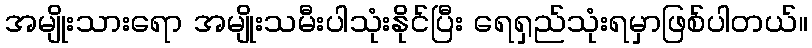
အမျိုးသားရော အမျိုးသမီးပါသုံးနိုင်ပြီး ရေရှည်သုံးရမှာဖြစ်ပါတယ်။